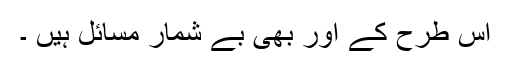
اس طرح کے اور بھی بے شمار مسائل ہیں ۔